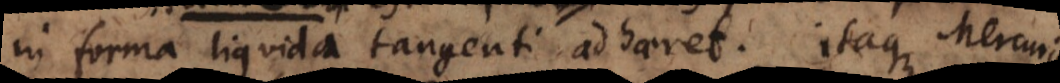
in forma liquida tangenti adhaeret. Itaque Mercuriu